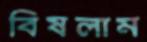
বিষলাম